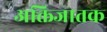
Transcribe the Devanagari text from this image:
अक्तिजातक